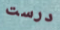
درست